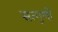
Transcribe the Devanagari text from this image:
सत्गुणों